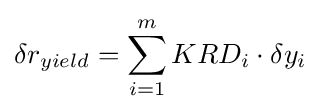
\delta r_{yield}=\sum \limits _{i=1}^{m}{KRD_{i}\cdot \delta y_{i}}